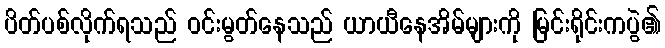
ပိတ်ပစ်လိုက်ရသည် ဝင်းမွတ်နေသည် ယာယီနေအိမ်များကို မြင်းရိုင်းကပွဲ၏